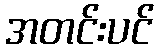
အတင်းပင်